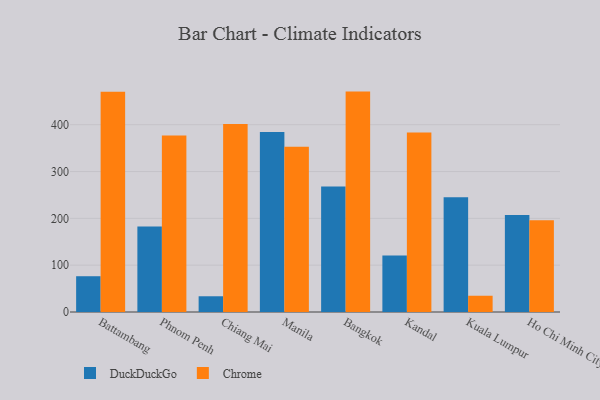
{"axis": {"x": "City", "y": "Page Views"}, "legend": ["Chrome", "DuckDuckGo"], "data": [{"x": "Battambang", "y": 76.4, "type": "DuckDuckGo"}, {"x": "Battambang", "y": 470.3, "type": "Chrome"}, {"x": "Phnom Penh", "y": 182.6, "type": "DuckDuckGo"}, {"x": "Phnom Penh", "y": 377.1, "type": "Chrome"}, {"x": "Chiang Mai", "y": 33.6, "type": "DuckDuckGo"}, {"x": "Chiang Mai", "y": 401.3, "type": "Chrome"}, {"x": "Manila", "y": 384.3, "type": "DuckDuckGo"}, {"x": "Manila", "y": 352.9, "type": "Chrome"}, {"x": "Bangkok", "y": 267.9, "type": "DuckDuckGo"}, {"x": "Bangkok", "y": 470.7, "type": "Chrome"}, {"x": "Kandal", "y": 120.6, "type": "DuckDuckGo"}, {"x": "Kandal", "y": 383.5, "type": "Chrome"}, {"x": "Kuala Lumpur", "y": 245.1, "type": "DuckDuckGo"}, {"x": "Kuala Lumpur", "y": 34.7, "type": "Chrome"}, {"x": "Ho Chi Minh City", "y": 207.1, "type": "DuckDuckGo"}, {"x": "Ho Chi Minh City", "y": 196.2, "type": "Chrome"}]}